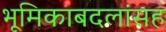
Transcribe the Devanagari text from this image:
भूमिकाबदलांसह